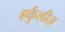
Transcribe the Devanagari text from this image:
हर्कुलीज़